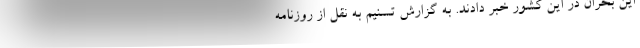
این بحران در این کشور خبر دادند. به گزارش تسنیم به نقل از روزنامه